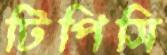
টিপিসি